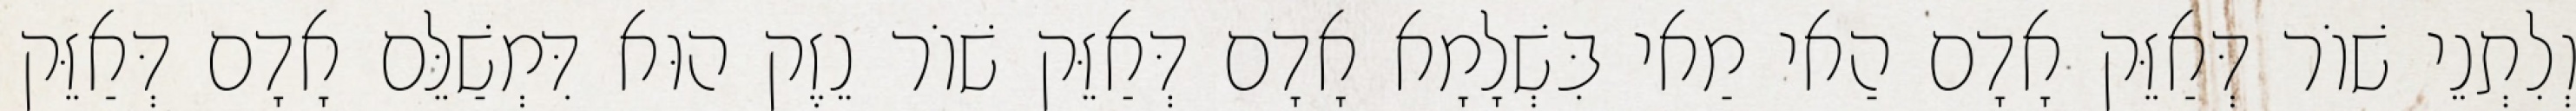
וְלִתְנֵי שׁוֹר דְּאַזֵּק אָדָם הַאי מַאי בִּשְׁלָמָא אָדָם דְּאַזֵּק שׁוֹר נֵזֶק הוּא דִּמְשַׁלֵּם אָדָם דְּאַזֵּק